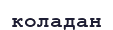
коладан